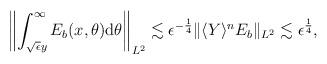
LaTeX: \begin{align*}\begin{aligned}\left\Vert \int_{\sqrt{\epsilon}y}^\infty E_b(x,\theta)\mathrm{d}\theta\right\Vert_{L^2}\lesssim\epsilon^{-\frac{1}{4}}\Vert \langle Y\rangle^nE_b\Vert_{L^2}\lesssim\epsilon^{\frac{1}{4}},\end{aligned}\end{align*}